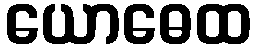
ယောဓေထ